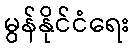
မွန်နိုင်ငံရေး